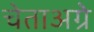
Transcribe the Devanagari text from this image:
चेताअग्रे